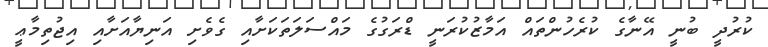
ކުރުދީ ބުނީ އޭނާގެ ކުރެހުންތައް އަމާޒުކުރަނީ ޑްރަގުގެ މައްސަލަތަކަށާއި ގެވެށި އަނިޔާއަށާއި އިޖުތިމާޢީ